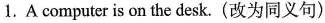
1.A computer is on the desk.(改为同义句)